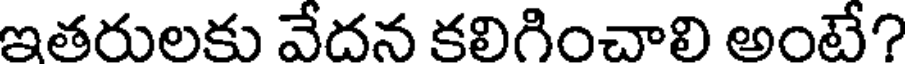
ఇతరులకు వేదన కలిగించాలి అంటే?